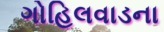
ગોહિલવાડના